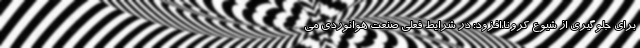
برای جلوگیری از شیوع کرونا،‌افزود: در شرایط فعلی صنعت هوانوردی می